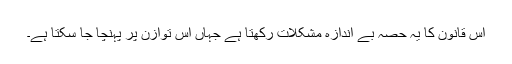
اِس قانون کا یہ حصّہ بے اندازہ مشکلات رکھتا ہے جہاں اس توازن پر پہنچا جا سکتا ہے۔